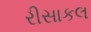
રીસાકલ